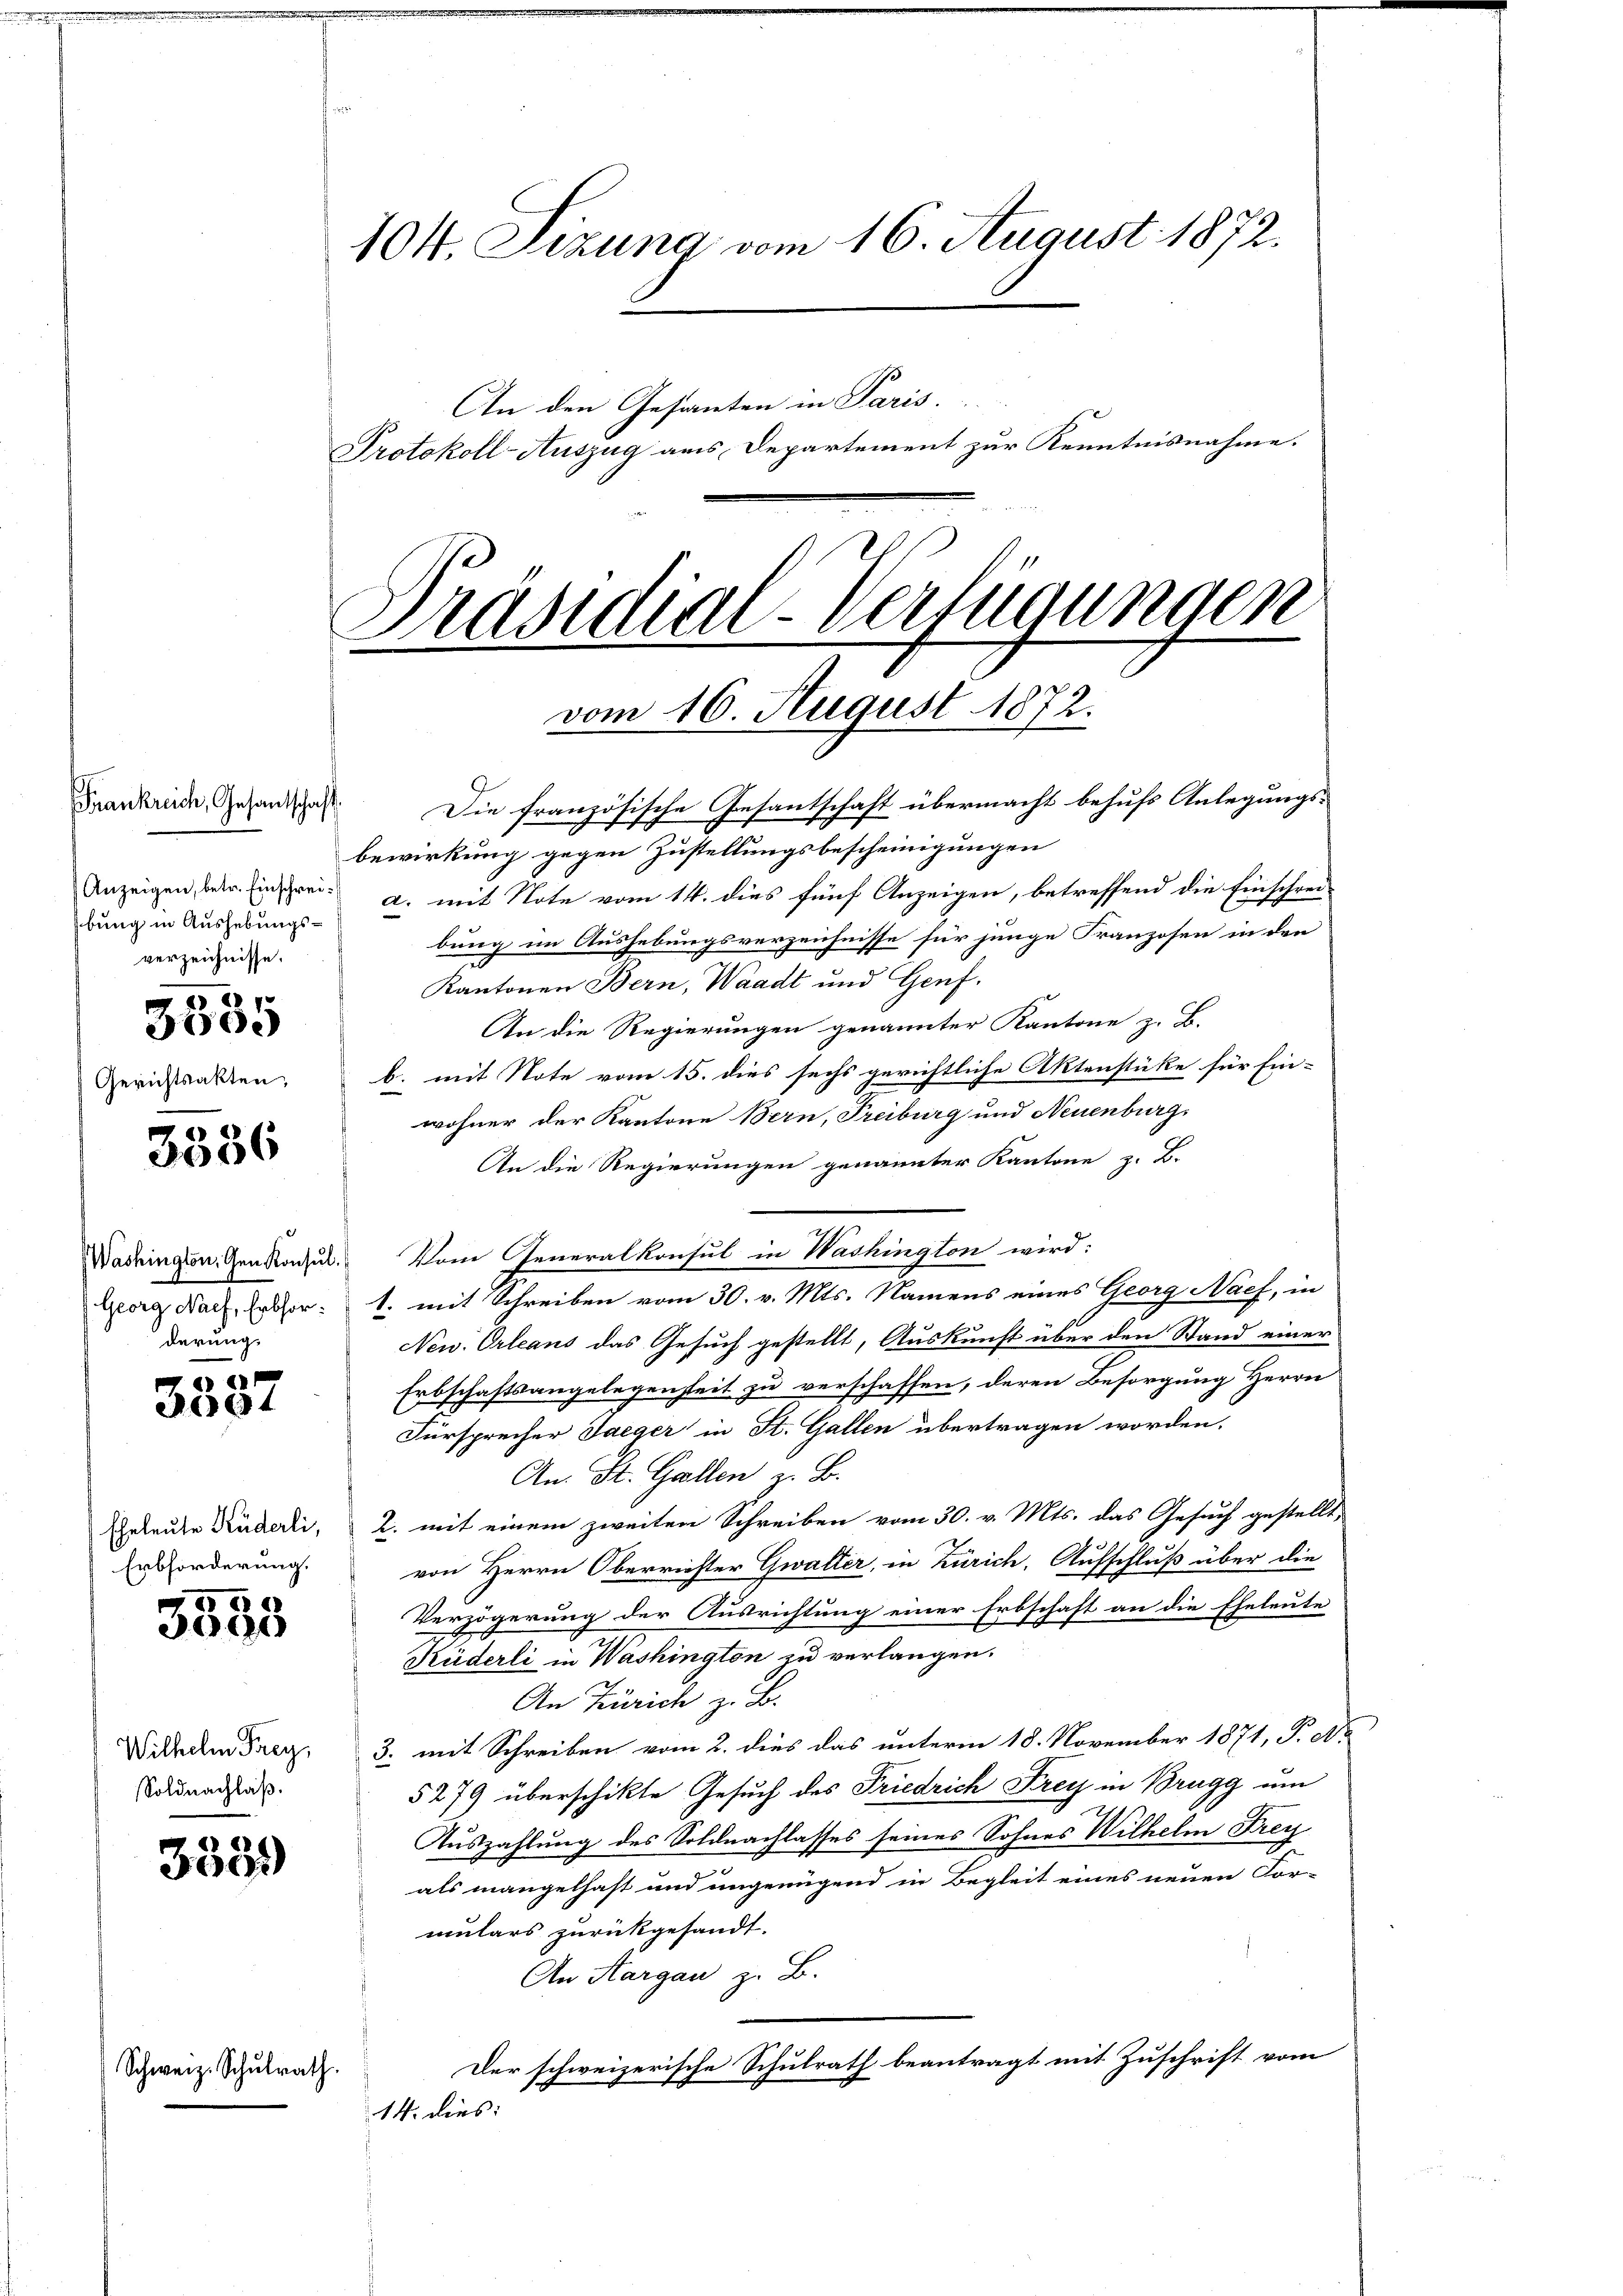
Frankreich, Gesantschaft
Anzeigen, betr. Einschreibung in Aushebungsverzeichnisse.

Gerichts

2
355

3536

94

10
3085

3339

vom 16. August 1872.

Washington, den Konsul
Georg Nach, Erbhor:
derung.

Eheleute Küderli,
Erbforderung.

Wilhelm Frey,
Soldnachlaß.

Schweiz. Schŭlrath

104. Sezung vom 16. August 1872.
An den Gesanten in Paris.
Protokoll-Auszug aus Departement zur Kenntnisnahme.
Präsidial-Verfügungen
e

Die französische Gesantschaft übermacht behufs Anlegungs-
bewirkung gegen Zustellungsbescheinigungen
a. mit Note vom 14. dies fünf Anzeigen, betreffend die Einschrei-
bung im Aushebungsverzeichnisse für junge Franzosen in den
Kantonen Bern, Waadt und Genf,
An die Regierungen genannter Kantone z. B.
b. mit Note vom 15. dies sechs gerichtliche Aktenstüke für Ein-
wohner der Kantone Bern, Freiburg und Neuenburg,
An die Regierungen genannter Kantone z. B.
Vom Generalkonsul in Washington wird:
1. mit Schreiben vom 30. v. Mts. Namens eines Georg Nach, in
New. Orleans das Gesuch gestellt, Auskunft über den Stand einer
Erbschaftsangelegenheit zu verschaffen, deren Besorgung Herrn
Fürsprecher Jaeger in St. Gallen übertragen worden.
An St. Gallen z. B.
2. mit einem zweiten Schreiben vom 30. v. Mts. das Gesuch gestellt,
von Herrn Oberrichter Gwalter, in Zürich. Aufschluß über die
Verzögerung der Ausrichtung einer Erbschaft an die Eheleute
Küderli in Washington zu verlangen.
An Zürich z. B.
3. mit Schreiben vom 2. dies das unterm 18. November 1871, P. Nr.
5279 überschikte Gesuch des Friedrich Frey in Brugg um
Auszahlung des Soldnachlasses seines Sohnes Wilhelm Frey
als mangelhaft und ungenügend in Begleit eines neuen For-
mulars zurückgesandt.
An Aargau z. B.
Der schweizerische Schulrath beantragt mit Zuschrift vom
14. dies: